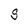
Character: S